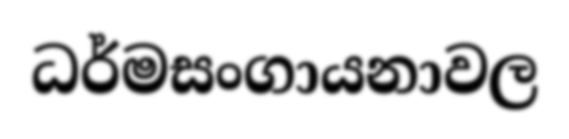
ධර්මසංගායනාවල